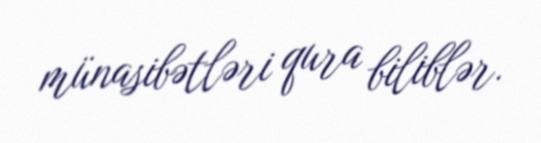
münasibətləri qura biliblər.